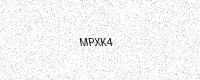
Text: MPXK4